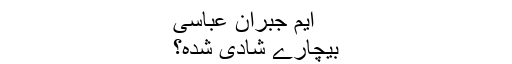
ایم جبران عباسی
بیچارے شادی شدہ؟